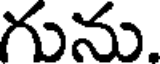
గును.